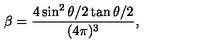
\beta = { \frac { 4 \sin ^ { 2 } \theta / 2 \tan \theta / 2 } { ( 4 \pi ) ^ { 3 } } } ,